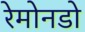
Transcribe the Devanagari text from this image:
रेमोनडो